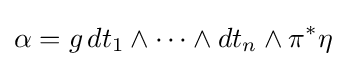
\alpha =g\,dt_{1}\wedge \cdots \wedge dt_{n}\wedge \pi ^{*}\eta